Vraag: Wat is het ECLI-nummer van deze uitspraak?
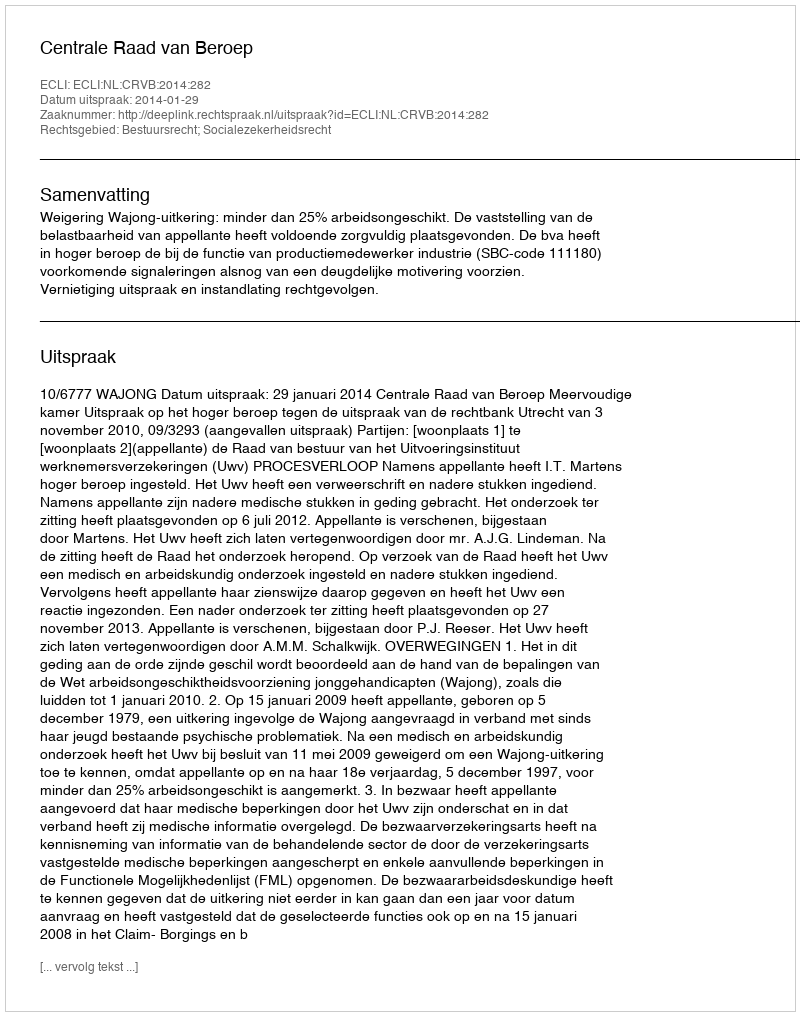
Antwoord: ECLI:NL:CRVB:2014:282